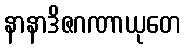
နာနာဒိဇဂဏာယုတေ